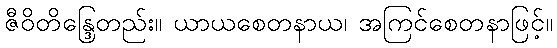
ဇီဝိတိန္ဒြေတည်း။ ယာယစေတနာယ၊ အကြင်စေတနာဖြင့်။